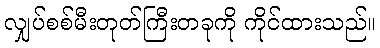
လျှပ်စစ်မီးတုတ်ကြီးတခုကို ကိုင်ထားသည်။